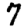
Digit: 7